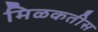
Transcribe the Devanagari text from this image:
मिळकतीस